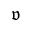
\mathfrak { v }